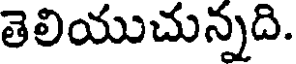
తెలియుచున్నది.